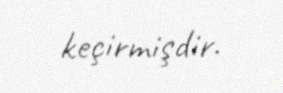
keçirmişdir.